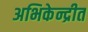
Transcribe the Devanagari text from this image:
अभिकेन्द्रीत